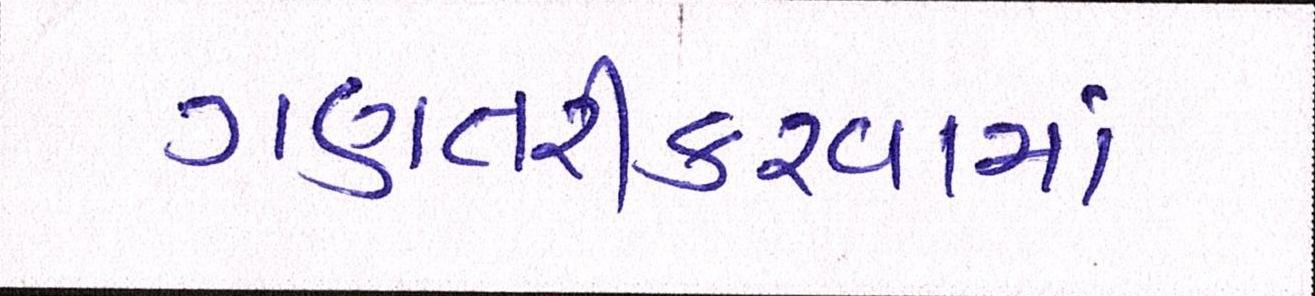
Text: ગણતરીકરવામાં